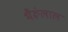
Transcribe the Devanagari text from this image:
भैरूंलाल